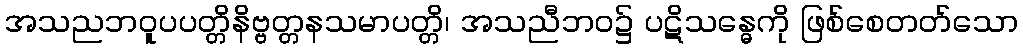
အသညဘဝူပပတ္တိနိဗ္ဗတ္တနသမာပတ္တိ၊ အသညီဘဝ၌ ပဋိသန္ဓေကို ဖြစ်စေတတ်သော